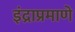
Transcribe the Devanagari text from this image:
इंद्राप्रमाणे